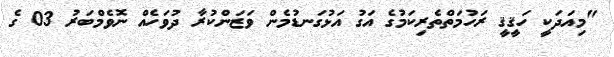
"މިއަދަކީ ހަޤީޤީ ރަހުމަތްތެރިކަމުގެ އަގު އަޅުގަނޑުމެން ވަޒަންކުރާ ދުވަހެއް ނޮވެމްބަރު 03 ގެ